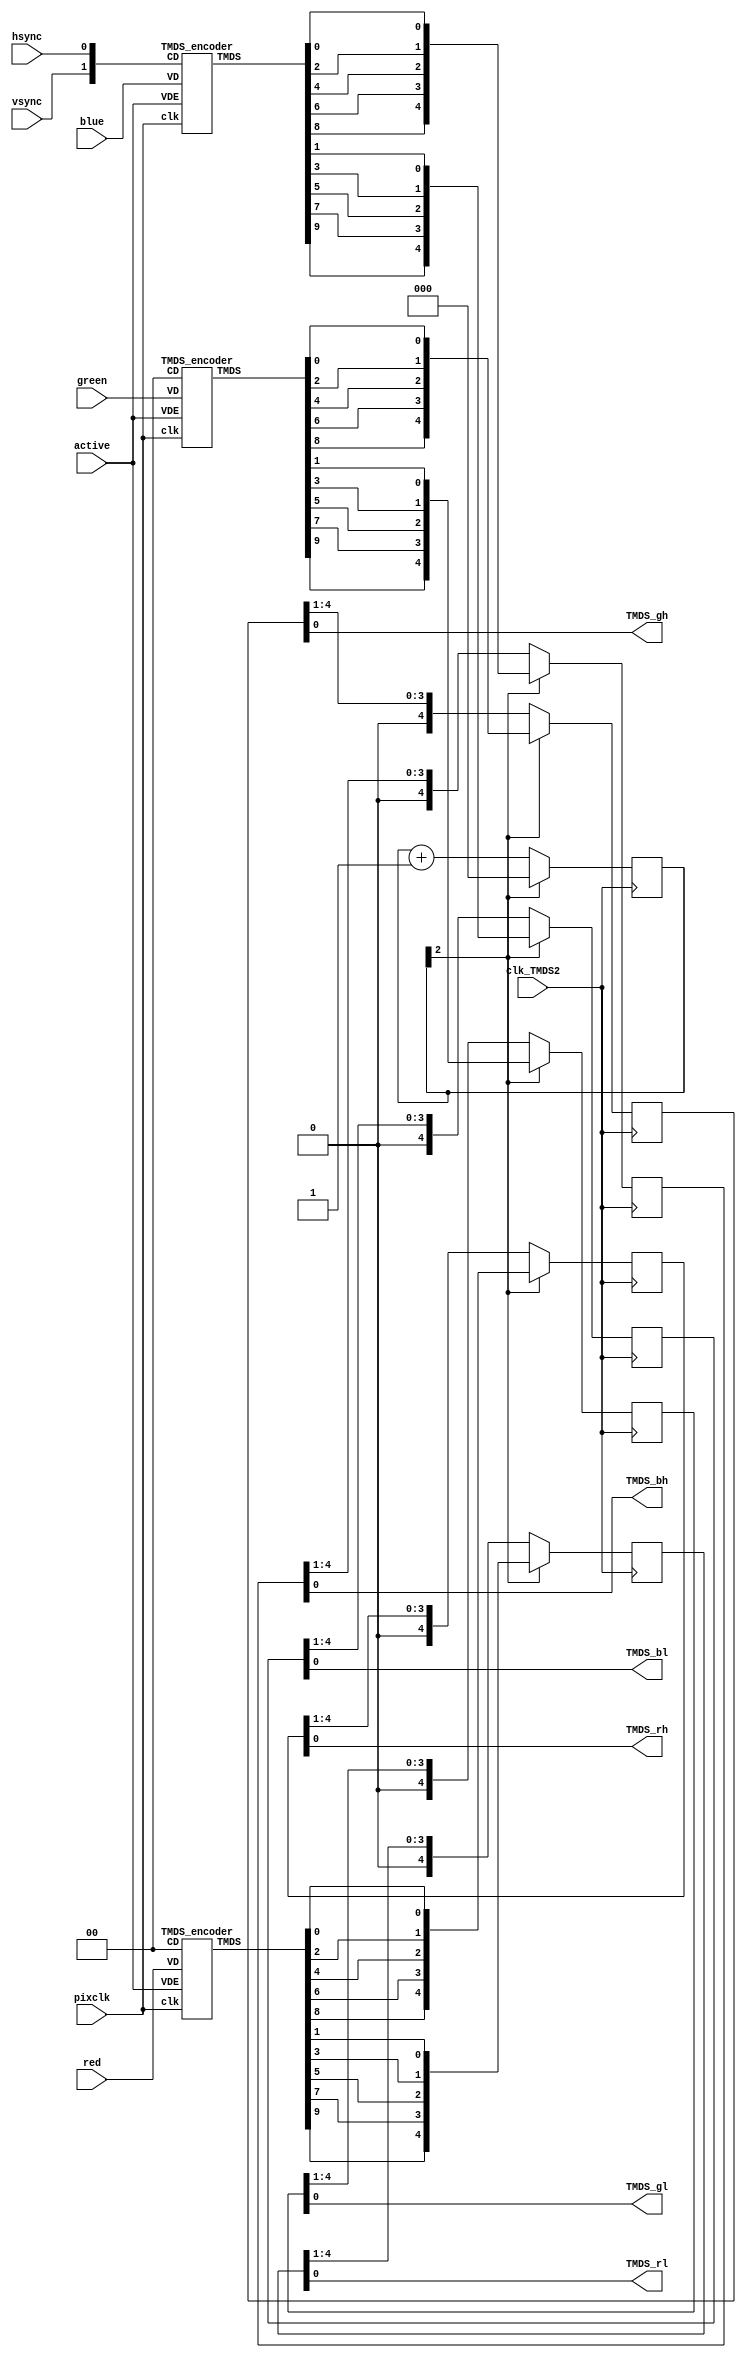

module hdmi(
	input wire pixclk,		// 74MHz
	input wire clk_TMDS2,	// 370MHz
	input wire hsync,
	input wire vsync,
	input wire active,
	input wire [7:0]red,
	input wire [7:0]green,
	input wire [7:0]blue,
	output wire TMDS_bh,
	output wire TMDS_bl,
	output wire TMDS_gh,
	output wire TMDS_gl,
	output wire TMDS_rh,
	output wire TMDS_rl
);

wire [9:0] TMDS_red, TMDS_green, TMDS_blue;
TMDS_encoder encode_R(.clk(pixclk), .VD(red  ), .CD(2'b00)        , .VDE(active), .TMDS(TMDS_red));
TMDS_encoder encode_G(.clk(pixclk), .VD(green), .CD(2'b00)        , .VDE(active), .TMDS(TMDS_green));
TMDS_encoder encode_B(.clk(pixclk), .VD(blue ), .CD({vsync,hsync}), .VDE(active), .TMDS(TMDS_blue));

reg [2:0] TMDS_mod5=0;  // modulus 5 counter
reg [4:0] TMDS_shift_bh=0, TMDS_shift_bl=0;
reg [4:0] TMDS_shift_gh=0, TMDS_shift_gl=0;
reg [4:0] TMDS_shift_rh=0, TMDS_shift_rl=0;

wire [4:0] TMDS_blue_l  = {TMDS_blue[9],TMDS_blue[7],TMDS_blue[5],TMDS_blue[3],TMDS_blue[1]};
wire [4:0] TMDS_blue_h  = {TMDS_blue[8],TMDS_blue[6],TMDS_blue[4],TMDS_blue[2],TMDS_blue[0]};
wire [4:0] TMDS_green_l = {TMDS_green[9],TMDS_green[7],TMDS_green[5],TMDS_green[3],TMDS_green[1]};
wire [4:0] TMDS_green_h = {TMDS_green[8],TMDS_green[6],TMDS_green[4],TMDS_green[2],TMDS_green[0]};
wire [4:0] TMDS_red_l   = {TMDS_red[9],TMDS_red[7],TMDS_red[5],TMDS_red[3],TMDS_red[1]};
wire [4:0] TMDS_red_h   = {TMDS_red[8],TMDS_red[6],TMDS_red[4],TMDS_red[2],TMDS_red[0]};

always @(posedge clk_TMDS2)
begin
	TMDS_shift_bh <= TMDS_mod5[2] ? TMDS_blue_h  : TMDS_shift_bh  [4:1];
	TMDS_shift_bl <= TMDS_mod5[2] ? TMDS_blue_l  : TMDS_shift_bl  [4:1];
	TMDS_shift_gh <= TMDS_mod5[2] ? TMDS_green_h : TMDS_shift_gh  [4:1];
	TMDS_shift_gl <= TMDS_mod5[2] ? TMDS_green_l : TMDS_shift_gl  [4:1];
	TMDS_shift_rh <= TMDS_mod5[2] ? TMDS_red_h   : TMDS_shift_rh  [4:1];
	TMDS_shift_rl <= TMDS_mod5[2] ? TMDS_red_l   : TMDS_shift_rl  [4:1];
	TMDS_mod5 <= (TMDS_mod5[2]) ? 3'd0 : TMDS_mod5+3'd1;
end

assign TMDS_bh = TMDS_shift_bh[0];
assign TMDS_bl = TMDS_shift_bl[0];
assign TMDS_gh = TMDS_shift_gh[0];
assign TMDS_gl = TMDS_shift_gl[0];
assign TMDS_rh = TMDS_shift_rh[0];
assign TMDS_rl = TMDS_shift_rl[0];

endmodule

module TMDS_encoder(
	input clk,
	input [7:0] VD,	// video data (red, green or blue)
	input [1:0] CD,	// control data
	input VDE,  	// video data enable, to choose between CD (when VDE=0) and VD (when VDE=1)
	output reg [9:0] TMDS = 0
);

wire [3:0] Nb1s = VD[0] + VD[1] + VD[2] + VD[3] + VD[4] + VD[5] + VD[6] + VD[7];
wire XNOR = (Nb1s>4'd4) || (Nb1s==4'd4 && VD[0]==1'b0);
wire [8:0] q_m = {~XNOR, q_m[6:0] ^ VD[7:1] ^ {7{XNOR}}, VD[0]};

reg [3:0] balance_acc = 0;
wire [3:0] balance = q_m[0] + q_m[1] + q_m[2] + q_m[3] + q_m[4] + q_m[5] + q_m[6] + q_m[7] - 4'd4;
wire balance_sign_eq = (balance[3] == balance_acc[3]);
wire invert_q_m = (balance==0 || balance_acc==0) ? ~q_m[8] : balance_sign_eq;
wire [3:0] balance_acc_inc = balance - ({q_m[8] ^ ~balance_sign_eq} & ~(balance==0 || balance_acc==0));
wire [3:0] balance_acc_new = invert_q_m ? balance_acc-balance_acc_inc : balance_acc+balance_acc_inc;
wire [9:0] TMDS_data = {invert_q_m, q_m[8], q_m[7:0] ^ {8{invert_q_m}}};
wire [9:0] TMDS_code = CD[1] ? (CD[0] ? 10'b1010101011 : 10'b0101010100) : (CD[0] ? 10'b0010101011 : 10'b1101010100);

always @(posedge clk) TMDS <= VDE ? TMDS_data : TMDS_code;
always @(posedge clk) balance_acc <= VDE ? balance_acc_new : 4'h0;

endmodule

module ddio(
	input wire d0,
	input wire d1,
	input wire clk,
	output wire out
	);

reg r_d0;
reg r_d1;
always @(posedge clk)
begin
	r_d0 <= d0;
	r_d1 <= d1;
end

assign out = clk ? r_d0 : r_d1;
 
endmodule